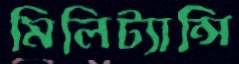
মিলিট্যান্সি